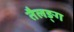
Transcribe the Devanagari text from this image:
तैलङ्ग